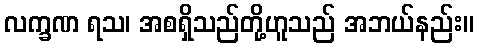
လက္ခဏ ရသ၊ အစရှိသည်တို့ဟူသည် အဘယ်နည်း။